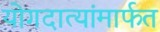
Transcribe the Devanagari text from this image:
योगदात्यांमार्फत